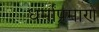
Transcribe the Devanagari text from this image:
धर्मांप्रमाणे